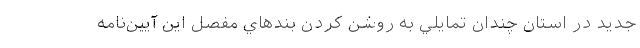
جديد در استان چندان تمايلي به روشن‌ كردن بندهاي مفصل اين آيين‌نامه